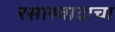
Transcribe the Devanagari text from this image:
रसास्वादाचा